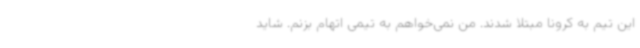
این تیم به کرونا مبتلا شدند. من نمی‌خواهم به تیمی اتهام بزنم. شاید